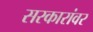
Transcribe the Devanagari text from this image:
सरकारांवर